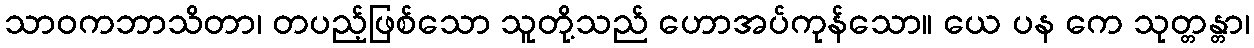
သာဝကဘာသိတာ၊ တပည့်ဖြစ်သော သူတို့သည် ဟောအပ်ကုန်သော။ ယေ ပန ကေ သုတ္တန္တာ၊